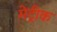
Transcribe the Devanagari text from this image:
मेट्रीक